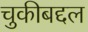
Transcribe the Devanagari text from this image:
चुकीबद्दल